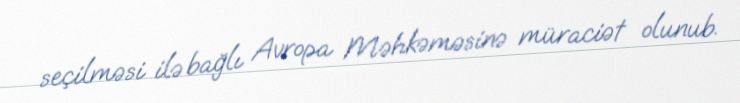
seçilməsi ilə bağlı Avropa Məhkəməsinə müraciət olunub.